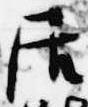
居